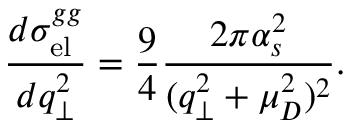
\frac { d \sigma _ { \mathrm { e l } } ^ { g g } } { d q _ { \perp } ^ { 2 } } = \frac { 9 } { 4 } \frac { 2 \pi \alpha _ { s } ^ { 2 } } { ( q _ { \perp } ^ { 2 } + \mu _ { D } ^ { 2 } ) ^ { 2 } } .